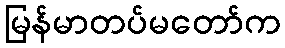
မြန်မာတပ်မတော်က